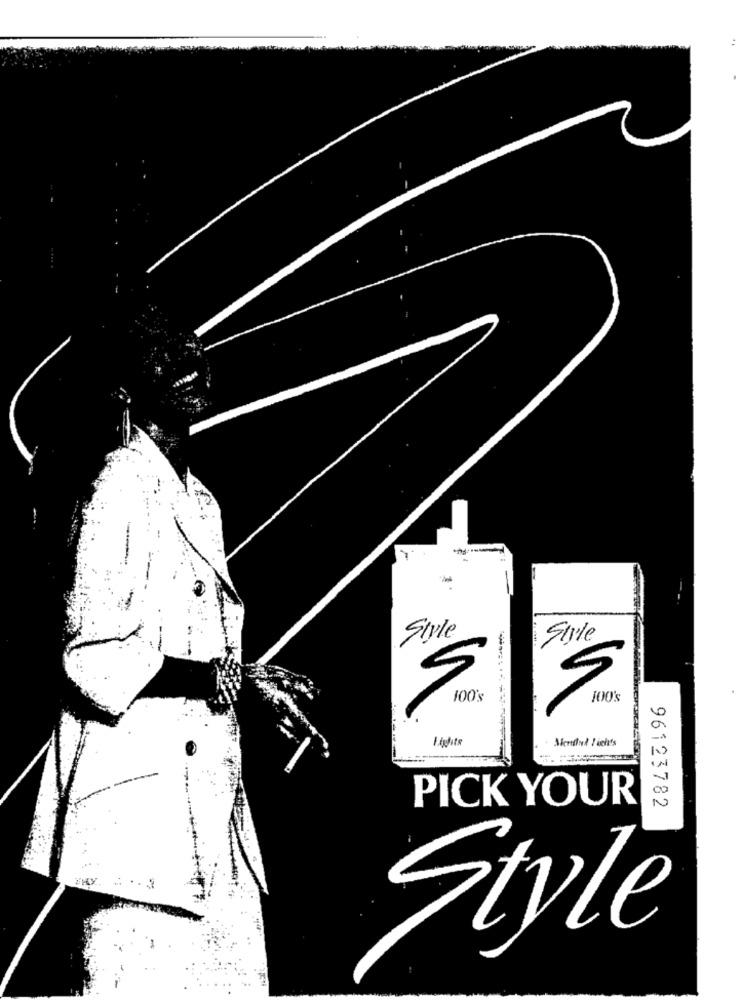
Style
Siyle
Mendlud Sieht's
PICK YOUR
96123782
Style